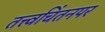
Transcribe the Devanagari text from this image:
तत्त्वचिंतनपर